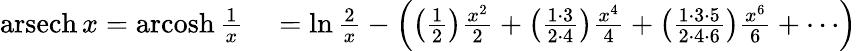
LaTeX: \begin{array}{rl}{\operatorname{arsech}x=\operatorname{arcosh}{\frac{1}{x}}}&{{}=\ln{\frac{2}{x}}-\left(\left({\frac{1}{2}}\right){\frac{x^{2}}{2}}+\left({\frac{1\cdot 3}{2\cdot 4}}\right){\frac{x^{4}}{4}}+\left({\frac{1\cdot 3\cdot 5}{2\cdot 4\cdot 6}}\right){\frac{x^{6}}{6}}+\cdots\right)}\end{array}